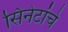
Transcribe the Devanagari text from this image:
सिनेटांचे